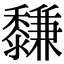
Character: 𪐋